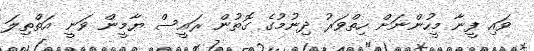
ވައި ފީނާ މީހުންނަށް ހިތްވަރު ދިނުމުގެ ގޮތުން ރައީސް ޔާމީން ވަނީ އަތްތިލަ